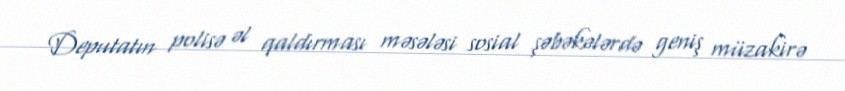
Deputatın polisə əl qaldırması məsələsi sosial şəbəkələrdə geniş müzakirə